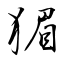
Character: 猸